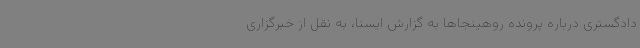
دادگستری درباره پرونده روهینجاها به گزارش ایسنا، به نقل از خبرگزاری